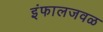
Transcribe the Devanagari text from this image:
इंफालजवळ